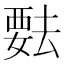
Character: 𬡺